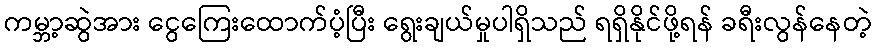
ကမ္ဘာ့ဆွဲအား ငွေကြေးထောက်ပံ့ပြီး ရွေးချယ်မှုပါရှိသည် ရရှိနိုင်ဖို့ရန် ခရီးလွန်နေတဲ့